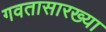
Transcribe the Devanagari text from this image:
गवतासारख्या